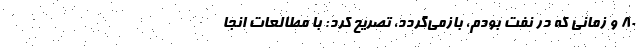
۸۰ و زمانی که در نفت بودم، بازمی‌گردد، تصریح کرد: با مطالعات انجا